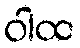
ဝါထ